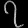
Digit: ၇